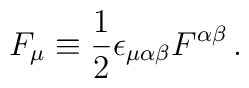
F_\mu \equiv {1 \over 2} \epsilon_{\mu\alpha\beta}   F^{\alpha\beta}\, .